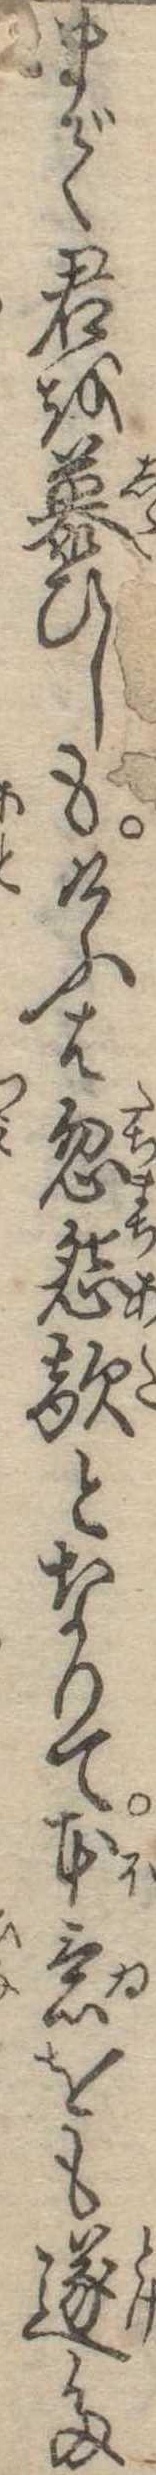
まで君を慕ひしもけふは忽怨敵となりて本意をも遂た